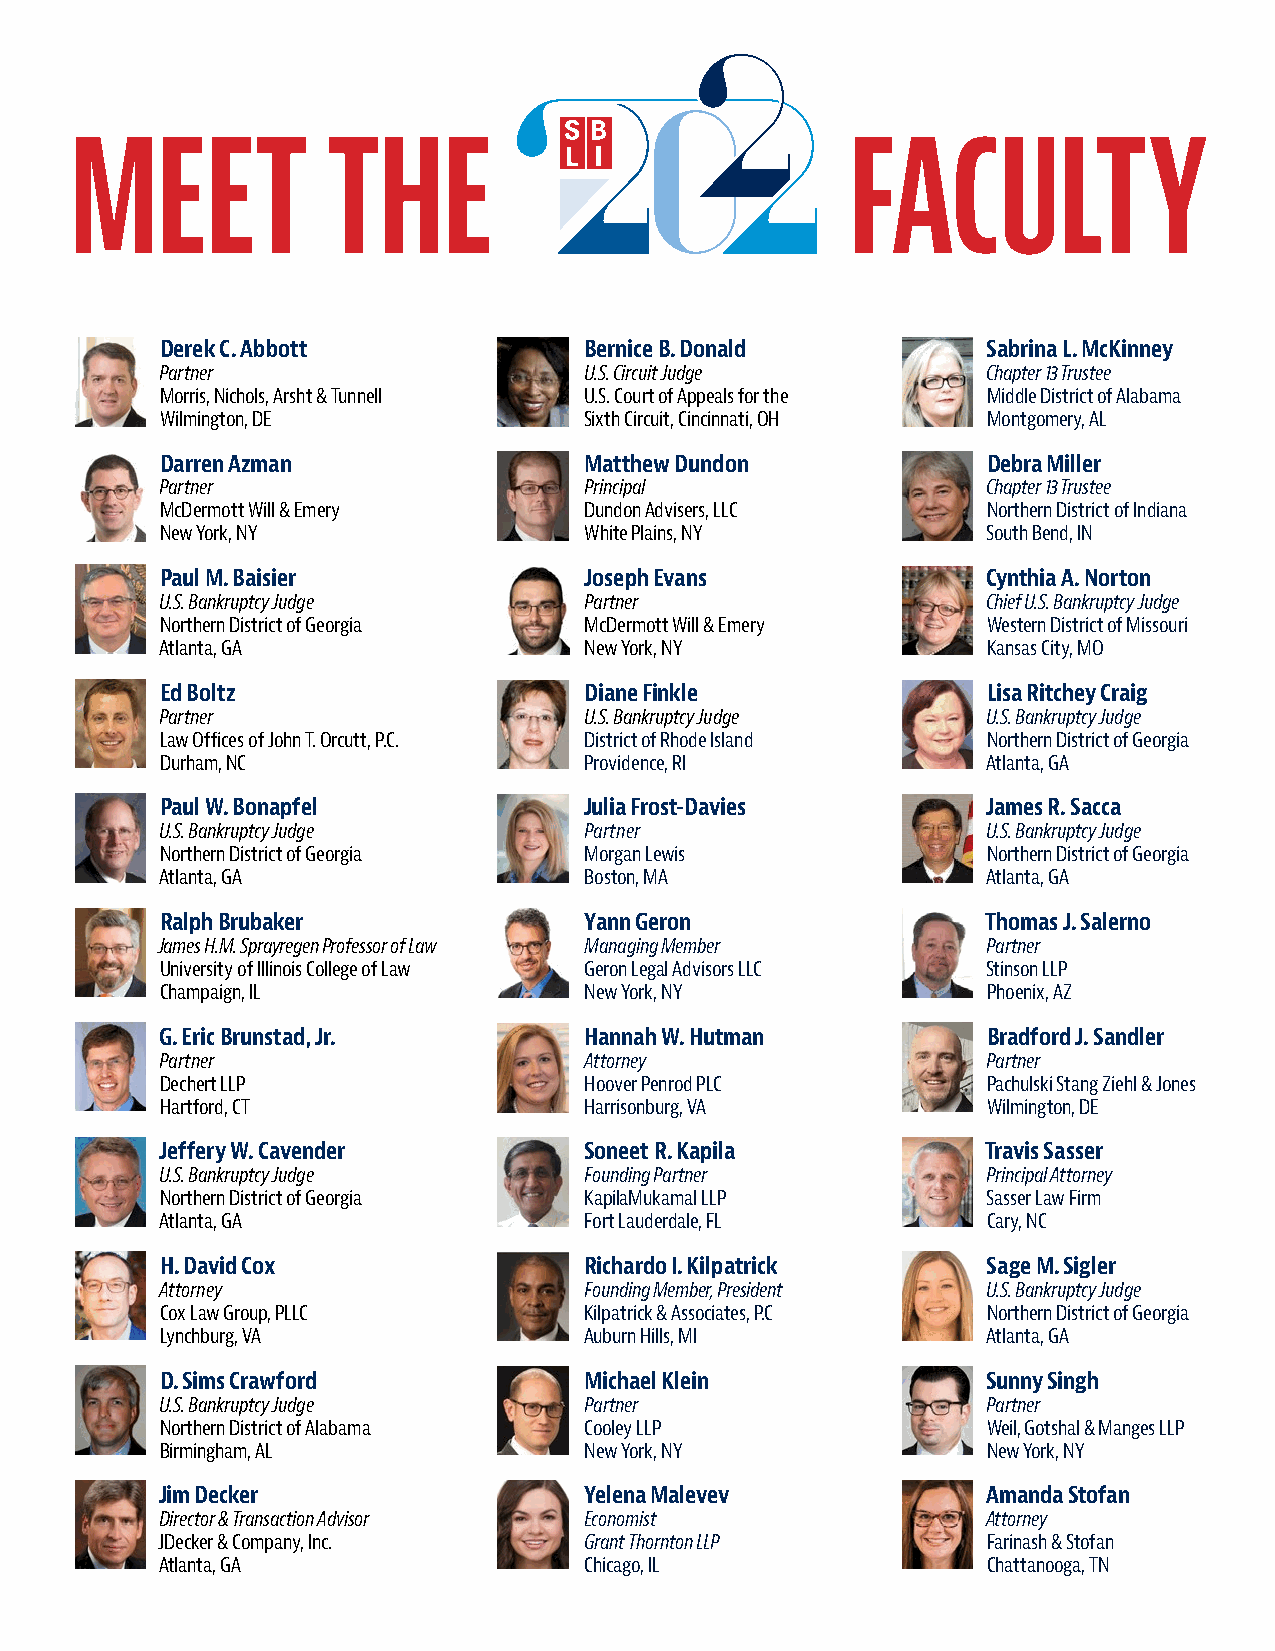
MEET             THE                               FACULTY
 Derek C. Abbott             Bernice B. Donald         Sabrina L. McKinney
 Partner                     U.S. Circuit Judge        Chapter 13 Trustee
 Morris, Nichols, Arsht & Tunnell U.S. Court of Appeals for the Middle District of Alabama
 Wilmington, DE              Sixth Circuit, Cincinnati, OH Montgomery, AL
 Darren Azman                Matthew Dundon            Debra Miller
 Partner                     Principal                 Chapter 13 Trustee
 McDermott Will & Emery      Dundon Advisers, LLC      Northern District of Indiana
 New York, NY                White Plains, NY          South Bend, IN
 Paul M. Baisier             Joseph Evans              Cynthia A. Norton
 U.S. Bankruptcy Judge       Partner                   Chief U.S. Bankruptcy Judge
 Northern District of Georgia McDermott Will & Emery   Western District of Missouri
 Atlanta, GA                 New York, NY              Kansas City, MO
 Ed Boltz                    Diane Finkle              Lisa Ritchey Craig
 Partner                     U.S. Bankruptcy Judge     U.S. Bankruptcy Judge
 Law Offices of John T. Orcutt, P.C. District of Rhode Island Northern District of Georgia
 Durham, NC                  Providence, RI            Atlanta, GA
 Paul W. Bonapfel            Julia Frost-Davies        James R. Sacca
 U.S. Bankruptcy Judge       Partner                   U.S. Bankruptcy Judge
 Northern District of Georgia Morgan Lewis             Northern District of Georgia
 Atlanta, GA                 Boston, MA                Atlanta, GA
 Ralph Brubaker              Yann Geron                Thomas J. Salerno
 James H.M. Sprayregen Professor of Law Managing Member Partner
 University of Illinois College of Law Geron Legal Advisors LLC Stinson LLP
 Champaign, IL               New York, NY              Phoenix, AZ
 G. Eric Brunstad, Jr.       Hannah W. Hutman          Bradford J. Sandler
 Partner                     Attorney                  Partner
 Dechert LLP                 Hoover Penrod PLC         Pachulski Stang Ziehl & Jones
 Hartford, CT                Harrisonburg, VA          Wilmington, DE
 Jeffery W. Cavender          Soneet R. Kapila          Travis Sasser
 U.S. Bankruptcy Judge       Founding Partner          Principal Attorney
 Northern District of Georgia KapilaMukamal LLP        Sasser Law Firm
 Atlanta, GA                 Fort Lauderdale, FL       Cary, NC
 H. David Cox                Richardo I. Kilpatrick    Sage M. Sigler
 Attorney                    Founding Member, President U.S. Bankruptcy Judge
 Cox Law Group, PLLC         Kilpatrick & Associates, P.C Northern District of Georgia
 Lynchburg, VA               Auburn Hills, MI          Atlanta, GA
 D. Sims Crawford            Michael Klein             Sunny Singh
 U.S. Bankruptcy Judge       Partner                   Partner
 Northern District of Alabama Cooley LLP               Weil, Gotshal & Manges LLP
 Birmingham, AL              New York, NY              New York, NY
 Jim Decker                   Yelena Malevev            Amanda Stofan
 Director & Transaction Advisor Economist              Attorney
 JDecker & Company, Inc.      Grant Thornton LLP        Farinash & Stofan
 Atlanta, GA                 Chicago, IL               Chattanooga, TN